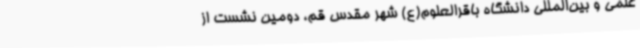
علمی و بین‌المللی دانشگاه باقرالعلوم(ع) شهر مقدس قم، دومین نشست از